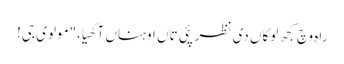
راہ وچ کجھ لوکاں دی نظر پئی تاں اوہناں آکھیا،"مولوی جی!